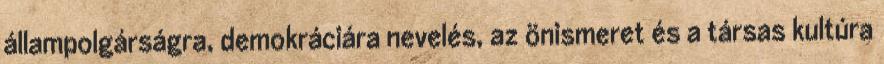
állampolgárságra, demokráciára nevelés, az önismeret és a társas kultúra